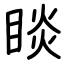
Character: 睒